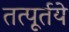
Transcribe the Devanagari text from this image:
तत्पूर्तये